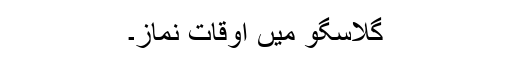
گلاسگو میں اوقات نماز۔